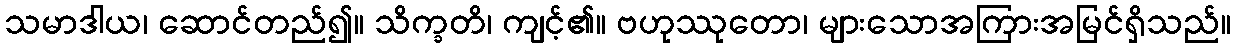
သမာဒါယ၊ ဆောင်တည်၍။ သိက္ခတိ၊ ကျင့်၏။ ဗဟုဿုတော၊ များသောအကြားအမြင်ရှိသည်။